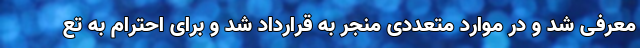
معرفی شد و در موارد متعددی منجر به قرارداد شد و برای احترام به تع